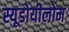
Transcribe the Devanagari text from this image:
स्यूडोयीलोम